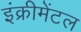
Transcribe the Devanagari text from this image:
इंक्रीमेंटल